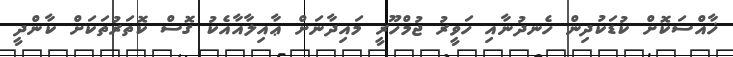
ޚާއްސަކޮށް ކުޑަކުދިން ހެނދުނާއި ހަވީރު ޖުމްހޫރީ މައިދާނަށް ޢާއިލާއާއެކު ގޮސް ކޮތަރުތަކަށް ކާންދީ